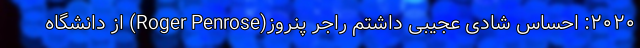
۲۰۲۰: احساس شادی عجیبی داشتم راجر پنروز(Roger Penrose) از دانشگاه